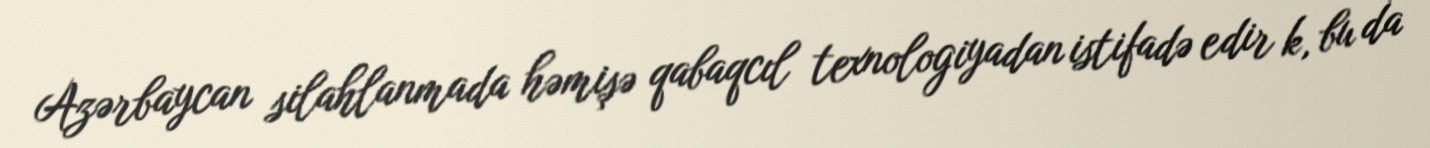
Azərbaycan silahlanmada həmişə qabaqcıl texnologiyadan istifadə edir k, bu da